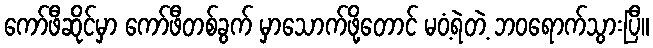
ကော်ဖီဆိုင်မှာ ကော်ဖီတစ်ခွက် မှာသောက်ဖို့တောင် မဝံ့ရဲတဲ့ ဘဝရောက်သွားပြီ။